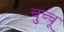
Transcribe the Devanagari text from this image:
चुच्चू